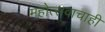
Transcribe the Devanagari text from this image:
महोत्सवाचाही